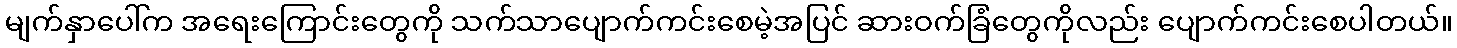
မျက်နှာပေါ်က အရေးကြောင်းတွေကို သက်သာပျောက်ကင်းစေမဲ့အပြင် ဆားဝက်ခြံတွေကိုလည်း ပျောက်ကင်းစေပါတယ်။